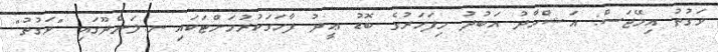
ވަގުތު އިމޭޖަސް: އަޝްހާދު އަބުދު މިފަހަރުގެ ބޮޑު ޢީދު ފާހަގަކުރުމަށްޓަކައި ނ.ލަންދޫގައި "ވަގުތު"